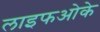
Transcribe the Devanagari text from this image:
लाइफओके